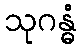
သုဂန္ဓံ